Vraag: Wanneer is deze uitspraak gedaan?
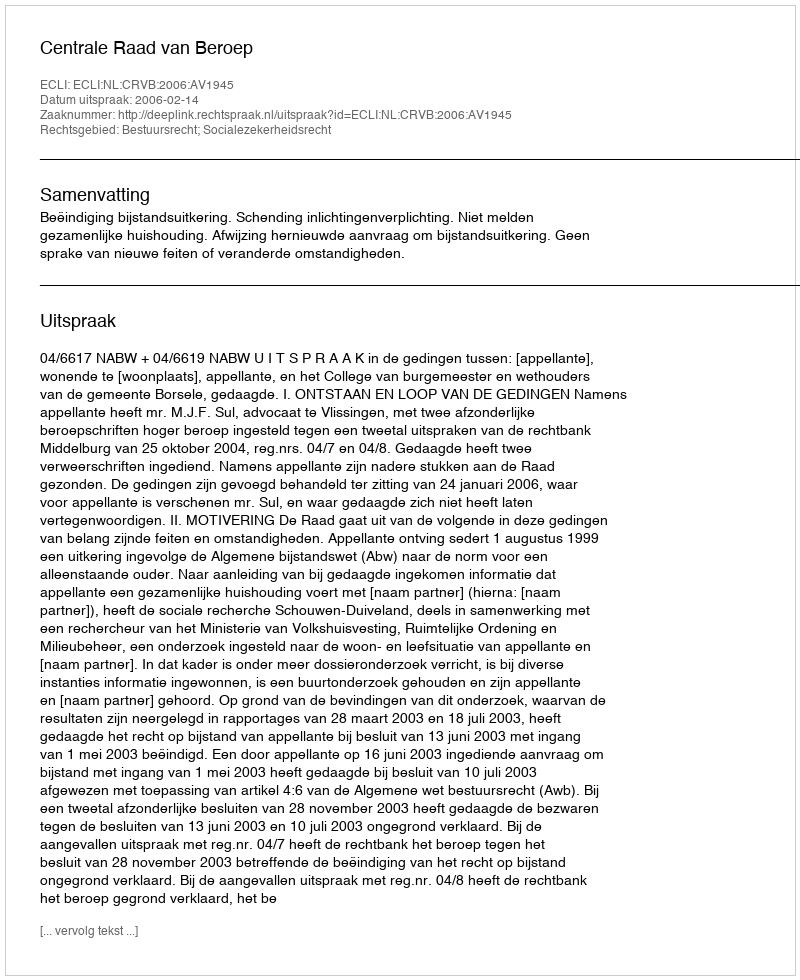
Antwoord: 2006-02-14